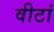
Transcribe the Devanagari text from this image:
वीटां